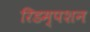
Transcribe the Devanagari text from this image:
रिडम्‍पशन